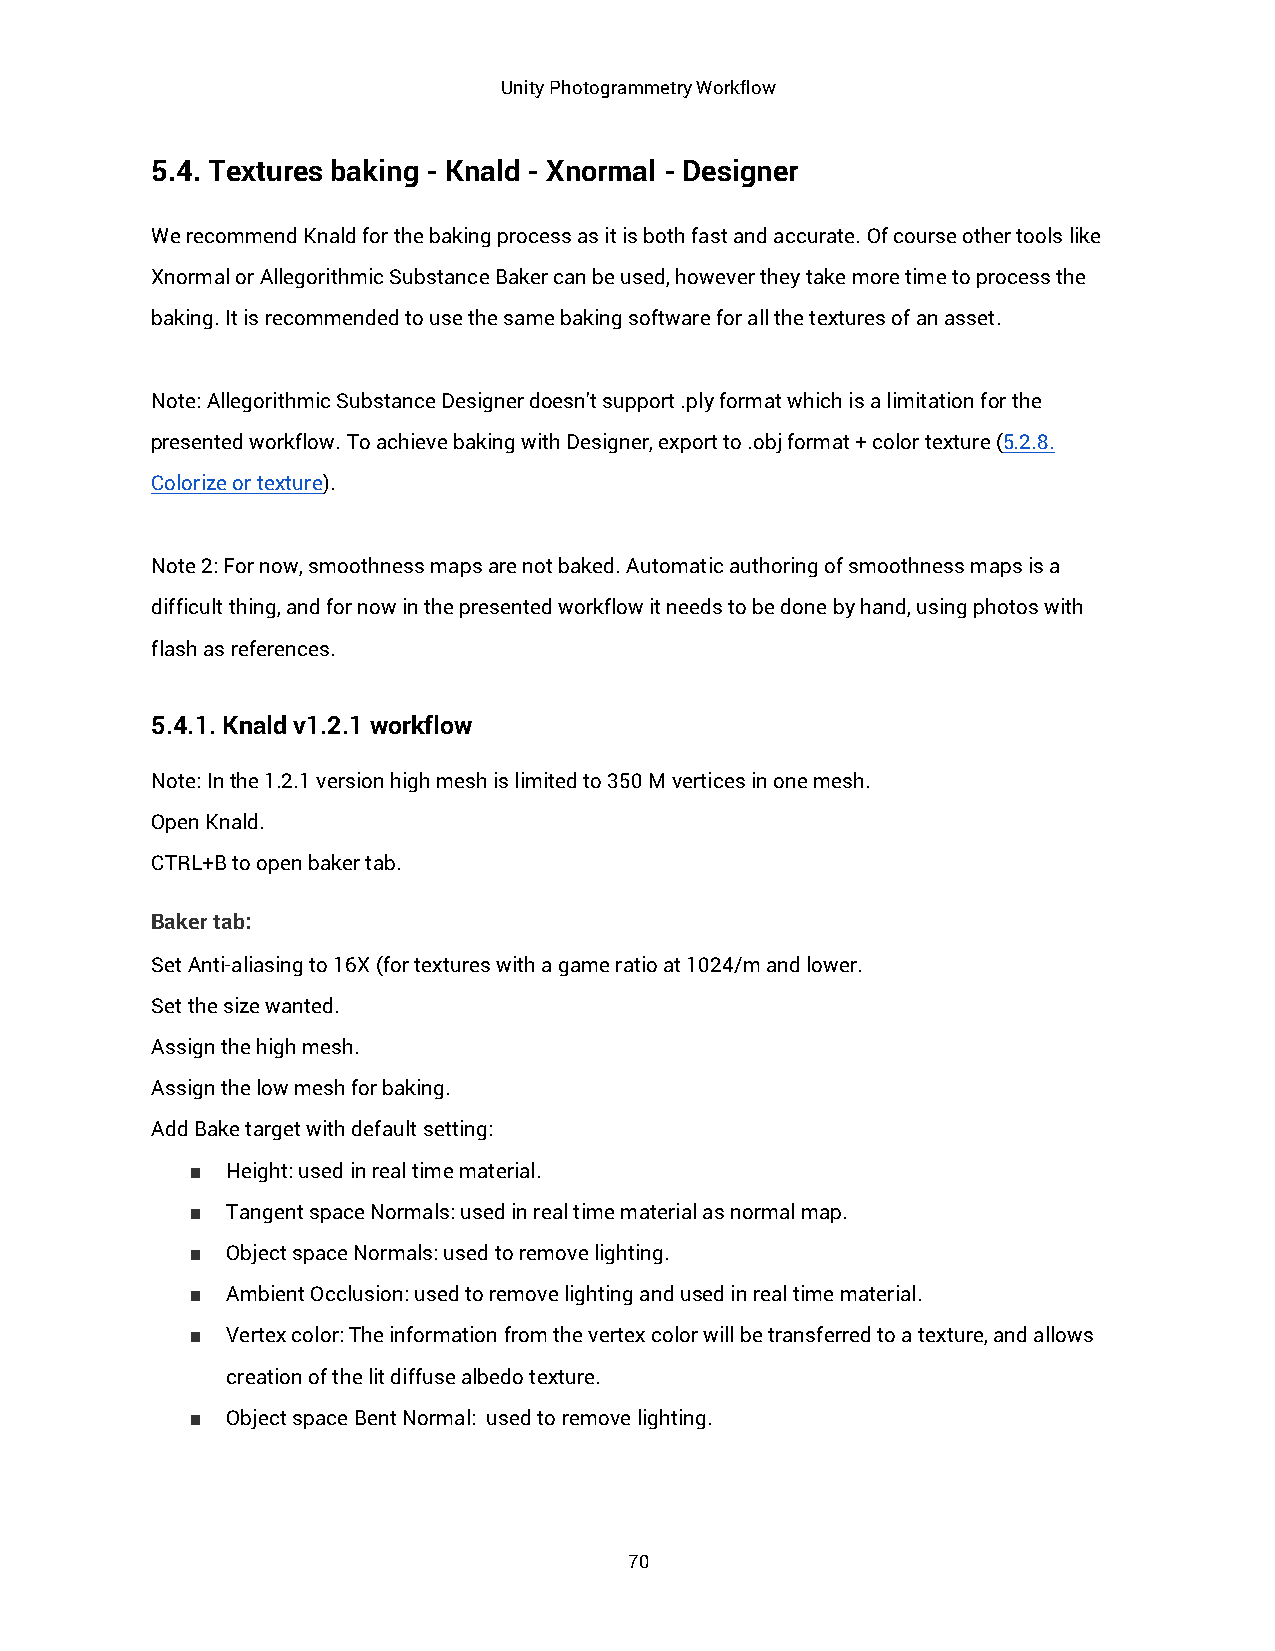
Unity Photogrammetry Workflow
 5.4. Textures baking - Knald - Xnormal - Designer
 We recommend Knald for the baking process as it is both fast and accurate. Of course other tools like
 Xnormal or Allegorithmic Substance Baker can be used, however they take more time to process the
 baking. It is recommended to use the same baking software for all the textures of an asset.
 Note: Allegorithmic Substance Designer doesn't support .ply format which is a limitation for the
 presented workflow. To achieve baking with Designer, export to .obj format + color texture (5.2.8.
 Colorize or texture).
 Note 2: For now, smoothness maps are not baked. Automatic authoring of smoothness maps is a
 difficult thing, and for now in the presented workflow it needs to be done by hand, using photos with
 flash as references.
 5.4.1. Knald v1.2.1 workflow
 Note: In the 1.2.1 version high mesh is limited to 350 M vertices in one mesh.
 Open Knald.
 CTRL+B to open baker tab.
 Baker tab:
 Set Anti-aliasing to 16X (for textures with a game ratio at 1024/m and lower.
 Set the size wanted.
 Assign the high mesh.
 Assign the low mesh for baking.
 Add Bake target with default setting:
 ■ Height: used in real time material.
 ■ Tangent space Normals: used in real time material as normal map.
 ■ Object space Normals: used to remove lighting.
 ■ Ambient Occlusion: used to remove lighting and used in real time material.
 ■ Vertex color: The information from the vertex color will be transferred to a texture, and allows
 creation of the lit diffuse albedo texture.
 ■ Object space Bent Normal: used to remove lighting.
 70